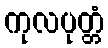
ကုလပုတ္တံ